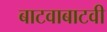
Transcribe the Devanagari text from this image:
बाटवाबाटवी